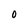
Character: 0